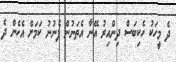
ދެ މީހަކު ހެކިބަސް ދިންއިރު އޭނާ އެތަނުން ފެނުނު ކަމަށް އެހެން ދެ